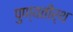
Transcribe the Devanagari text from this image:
पुण्यतीर्थ